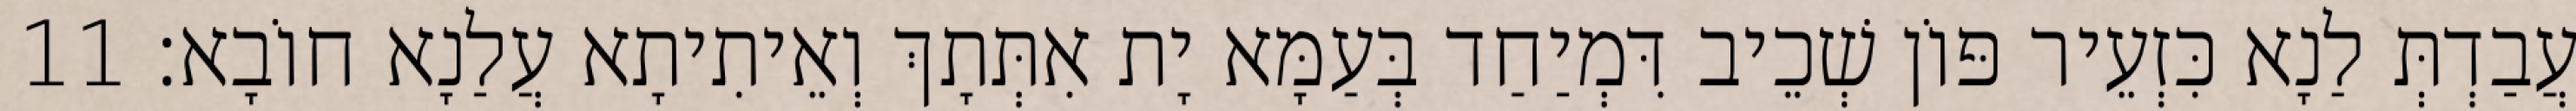
עֲבַדְתְּ לַנָא כִּזְעֵיר פּוֹן שְׁכֵיב דִּמְיַחַד בְּעַמָּא יָת אִתְּתָךְ וְאֵיתִיתָא עֲלַנָא חוֹבָא׃ 11